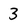
Character: 3